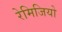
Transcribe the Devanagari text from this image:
रेमिजियो